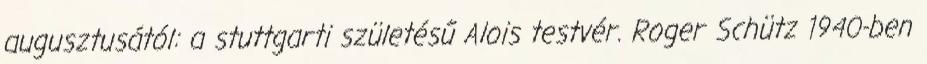
augusztusától: a stuttgarti születésű Alois testvér. Roger Schütz 1940-ben